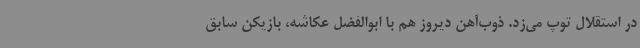
در استقلال توپ می‌زد. ذوب‌آهن دیروز هم با ابوالفضل عکاشه، بازیکن سابق